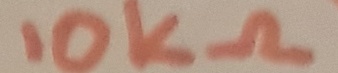
Text: 10KΩ